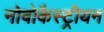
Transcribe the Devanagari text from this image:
नोवोकैस्ट्रीयन